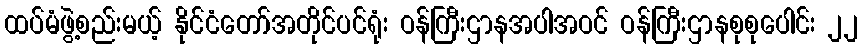
ထပ်မံဖွဲ့စည်းမယ့် နိုင်ငံတော်အတိုင်ပင်ရုံး ဝန်ကြီးဌာနအပါအဝင် ဝန်ကြီးဌာနစုစုပေါင်း ၂၂